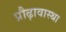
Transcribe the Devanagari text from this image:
प्रौढ़ावास्था